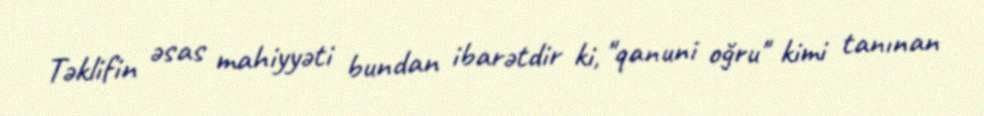
Təklifin əsas mahiyyəti bundan ibarətdir ki, "qanuni oğru" kimi tanınan